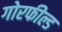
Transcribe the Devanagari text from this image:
गोरफील्ड